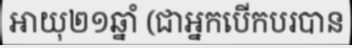
អាយុ២១ឆ្នាំ (ជាអ្នកបើកបរបាន